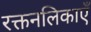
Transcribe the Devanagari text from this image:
रक्तनलिकाएँ